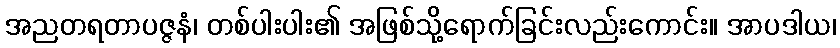
အညတရတာပဇ္ဇနံ၊ တစ်ပါးပါး၏ အဖြစ်သို့ရောက်ခြင်းလည်းကောင်း။ အာပဒါယ၊